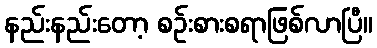
နည်းနည်းတော့ စဉ်းစားစရာဖြစ်လာပြီ။